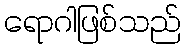
ရောဂါဖြစ်သည်